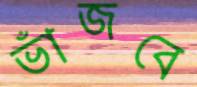
ভাঁজবে